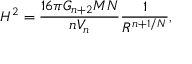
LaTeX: H ^ { 2 } = \frac { 1 6 \pi G _ { n + 2 } M N } { n V _ { n } } \frac { 1 } { R ^ { n + 1 / N } } ,